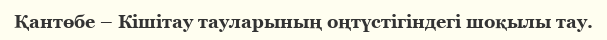
Қантөбе – Кішітау тауларының оңтүстігіндегі шоқылы тау.